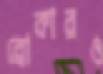
ব্রোকারও